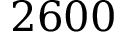
2 6 0 0